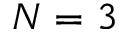
N = 3